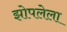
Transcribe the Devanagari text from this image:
झोपलेला